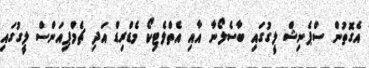
އެގޮތުން ސްޕެނިޝް ލީގުގައި ބާސެލޯނާ އާއި އެތްލެޓިކޯ މެޑްރިޑް އަދި ޗެމްޕިއަންސް ލީގުގައި